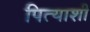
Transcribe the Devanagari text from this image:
पित्याशी